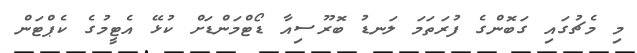
މި މެޗުގައި ގަބޮންގެ ފުރަތަމަ ލަނޑު ބޮރޫސިއާ ޑޯޓްމަންޑަށް ކުޅޭ އެޓީމުގެ ކެޕްޓަން